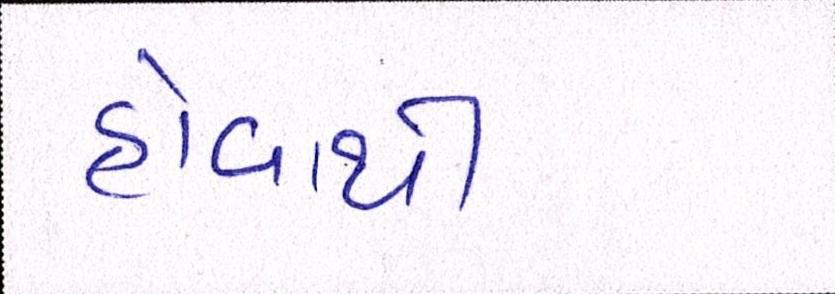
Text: હોવાથી